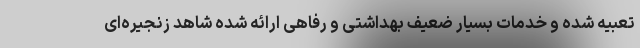
تعبیه شده و خدمات بسیار ضعیف بهداشتی و رفاهی ارائه شده شاهد زنجیره‌ای